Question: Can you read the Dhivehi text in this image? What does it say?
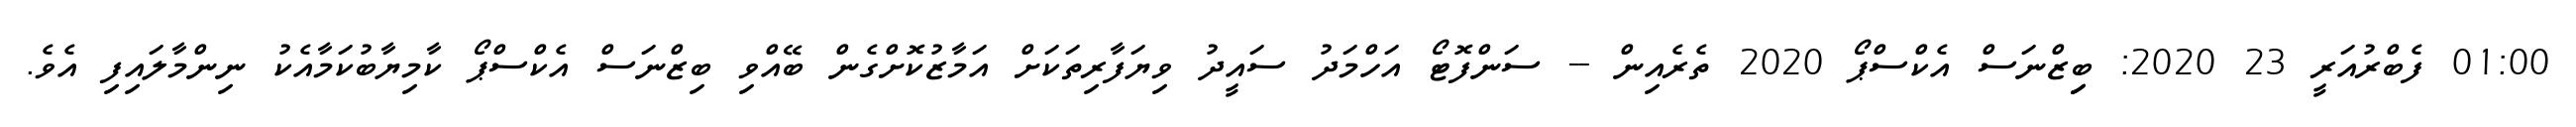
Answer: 01:00 ފެބްރުއަރީ 23 2020: ބިިޒްނަސް އެކްސްޕޯ 2020 ތެރެއިން -- ސަންފޮޓޯ އަހްމަދު ސައީދު ވިޔަފާރިތަކަށް އަމާޒުކޮށްގެން ބޭއްވި ބިޒްނަސް އެކްސްޕޯ ކާމިޔާބުކަމާއެކު ނިންމާލައިފި އެވެ.